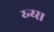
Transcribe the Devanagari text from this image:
य्न्य्स